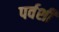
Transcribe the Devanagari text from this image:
पर्वर्शी